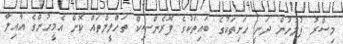
މިސްރު ފުލުހުން ދަނީ ހަށިތަކުގެ ބައިތަކުގެ ފޮރެންސިކް ތަހްލީލްތައް ކޮށް އެމީހުންގެ އާއިލާ